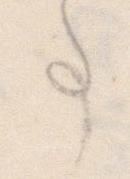
事